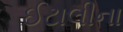
ઈટાલીના